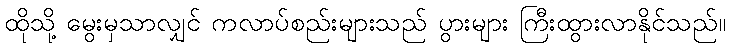
ထိုသို့ မွေးမှသာလျှင် ကလာပ်စည်းများသည် ပွားများ ကြီးထွားလာနိုင်သည်။